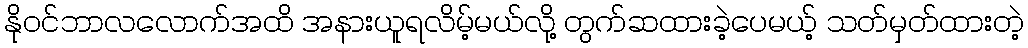
နိုဝင်ဘာလလောက်အထိ အနားယူရလိမ့်မယ်လို့ တွက်ဆထားခဲ့ပေမယ့် သတ်မှတ်ထားတဲ့